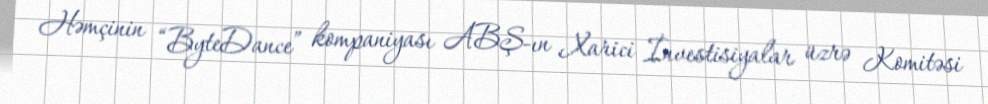
Həmçinin “ByteDance” kompaniyası ABŞ-ın Xarici İnvestisiyalar üzrə Komitəsi